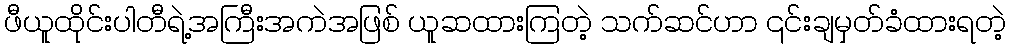
ဖီယူထိုင်းပါတီရဲ့အကြီးအကဲအဖြစ် ယူဆထားကြတဲ့ သက်ဆင်ဟာ ၎င်းချမှတ်ခံထားရတဲ့